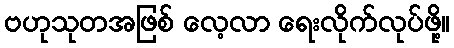
ဗဟုသုတအဖြစ် လေ့လာ ရေးလိုက်လုပ်ဖို့။